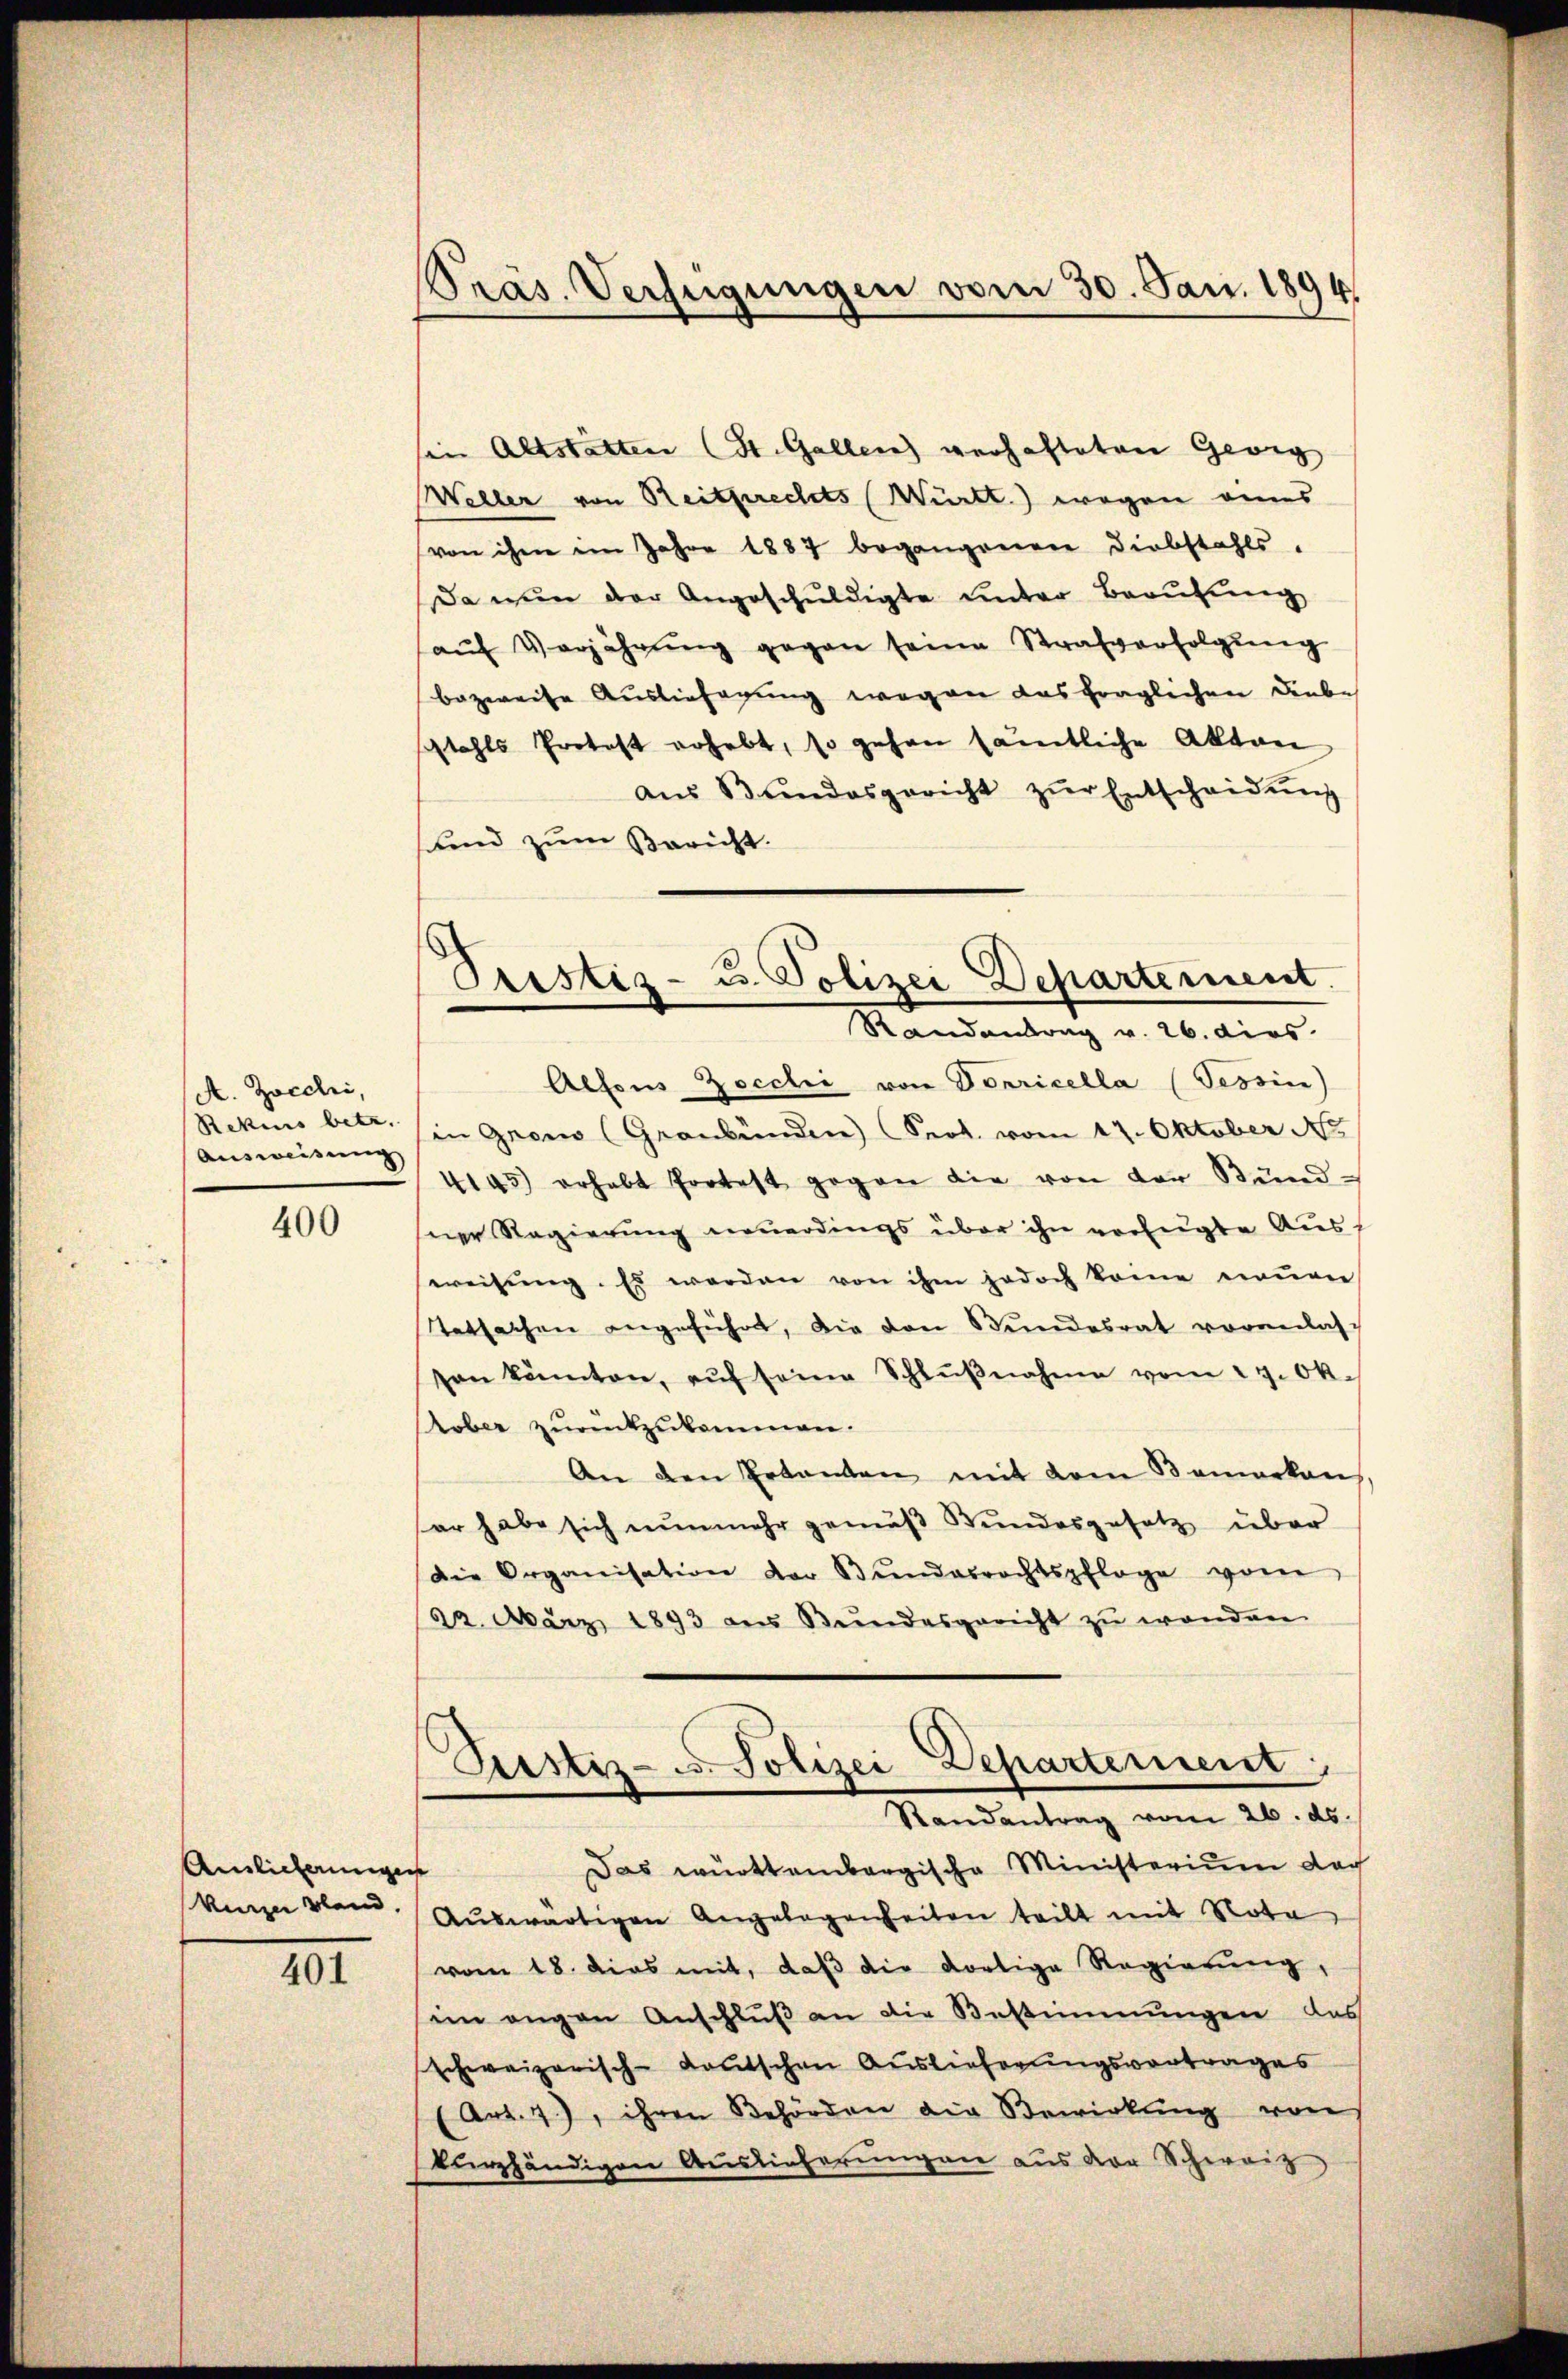
A. Zocchi,
Rekurs betr.
Ausweisung

400

Auslieferungen
kurze Band.

401

Präs. Verfügungen vom 30. Jan. 1894

sin Altstatten (St. Gallen verhafteten Georg
Weller von Reitsrechts (Württ.) wegen eines
von ihm im Jahre 1887 begangenen Diebstahls.
Da nun der Angeschuldigte unter Berufung
aŭf Verjährŭng gegen seine Strafverfolgŭng
bezweife Ausliefagung wegen das fraglichen Liebe
stahls Protest erhebt, so gehen sämtliche Akten
aŭs Bŭndesgericht zŭr Entscheidŭng
und zum Bericht.
Alfons Zocchi von Vorricella (Tessin
in Gegen (Graubünden) (Sept. vom 17. Oktober No
4145) erhebt Portest gegen die von der Bünd-
ner Regierung neuerdings über ihn vorlegte Aus-
weisung. Es werden von ihm jedoch keine neuen
Tatsachen angeführt, die von Bundesrat voranlasvon könten, aŭf seine Schlŭβnahme vom 29. Ok-
tober zurückzukommen.
An den Erkanten mit dem Bemerkanns,
ar habe sich nunmehr gemäβ Bundesgesetz über
die Organisation der Bŭndesrechtspflege vom
22. März 1893 an Bŭndesgericht zŭ wenden.
Pustiz- u. Polizei Departement
Randantrag vom 26. ds.
Das württembergische Ministerium doch
Aŭswärtigen Angelegenheiten teilt mit Nota
vom 18. dies mit, daß die dortige Regierung,
im angen Anschlŭβ an die Bestimmungen das
schweizerisch-deutschen Auslieferungsvortrages
(Art. 7), ihren Behörden die Bewirkung von
kurzhändigen Auslieferungen aus der Schweiz

Prestiz- u. Polizei Departement.
Standentrag v. 26. dies